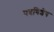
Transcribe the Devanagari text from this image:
पदविशेष